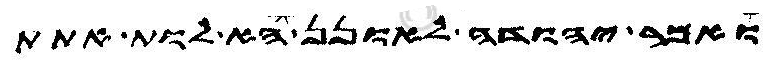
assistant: ואמר יהודה לאונן הא לות אתת